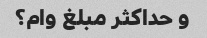
و حداکثر مبلغ وام؟